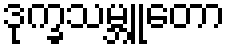
ဒုက္ခသမ္ဘူတော